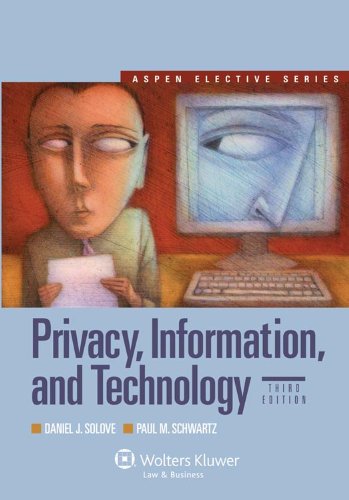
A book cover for Privacy, Information, and Technology, Third Edition (Aspen Electives); Daniel J. Solove; Computers & Technology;